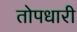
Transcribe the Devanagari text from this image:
तोपधारी